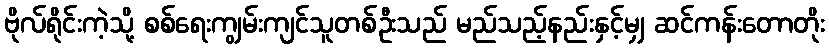
ဗိုလ်ရိုင်းကဲ့သို့ စစ်ရေးကျွမ်းကျင်သူတစ်ဦးသည် မည်သည့်နည်းနှင့်မျှ ဆင်ကန်းတောတိုး